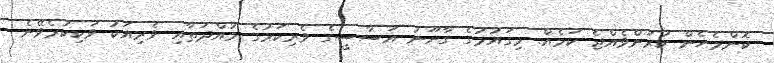
ކޮންމެހެން ކުރަންވެއްޖެ ކަމެއް. މިގައުމުގެ ގާނޫނު އަސާސީގެ ވެރިކަމުގެ މުއްދަތާއި ވެރިއަކު ވަކިކުރެވޭނެ